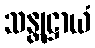
သန္တုဋ္ဌာယံ